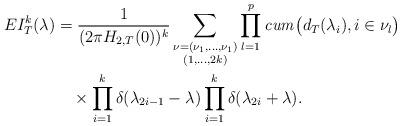
LaTeX: \begin{align*}EI_{T}^{k}(\lambda)&{}=\frac{1}{(2\pi H_{2,T}(0))^{k}}\sum_{\substack{\nu=(\nu_{1},\ldots,\nu_{1}) \\(1,\ldots,2k)}}\prod_{l=1}^{p}\mathit{cum}\bigl(d_{T}(\lambda_{i}),i\in\nu_{l} \bigr)\\&\quad{}\times\prod_{i=1}^{k}\delta(\lambda_{2i-1}-\lambda) \prod_{i=1}^{k}\delta(\lambda_{2i}+\lambda). \end{align*}